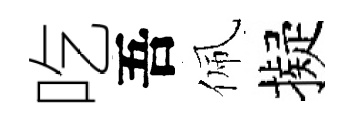
吃吾佩擬